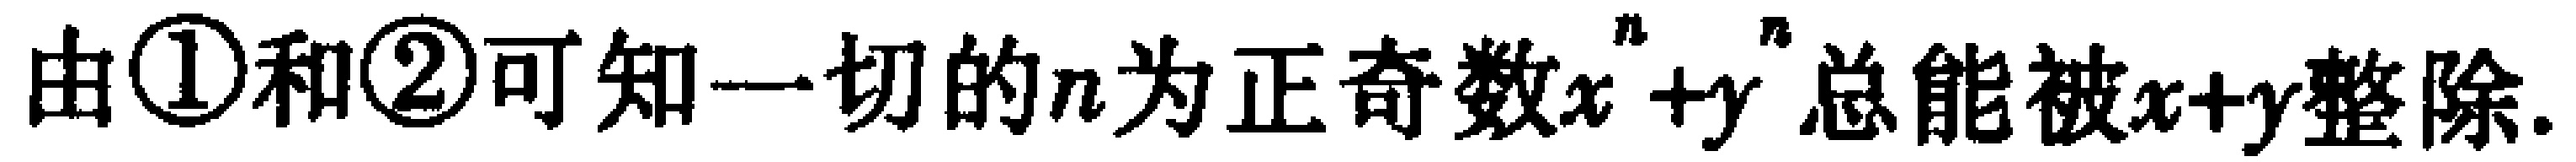
由\textcircled{1}和\textcircled{2}可知一切的\(n\)为正奇数\(x^{n}+y^{n}\)总能被\(x + y\)整除.